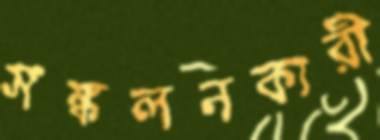
সঙ্কলনকারী